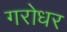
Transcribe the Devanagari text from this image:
गरोधर